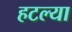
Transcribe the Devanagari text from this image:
हटल्या